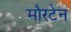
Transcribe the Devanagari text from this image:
मौरटेन